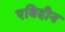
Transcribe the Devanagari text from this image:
एबिदीन